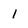
Character: I